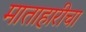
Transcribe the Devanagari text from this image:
माताहारीचा